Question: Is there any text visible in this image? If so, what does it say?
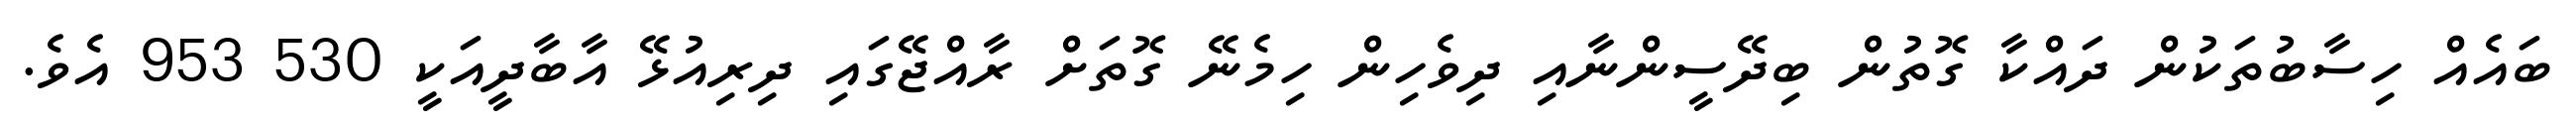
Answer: ބައެއް ހިސާބުތަކުން ދައްކާ ގޮތުން ބިދޭސީންނާއި ދިވެހިން ހިމެނޭ ގޮތަށް ރާއްޖޭގައި ދިރިއުޅޭ އާބާދީއަކީ 530 953 އެވެ.